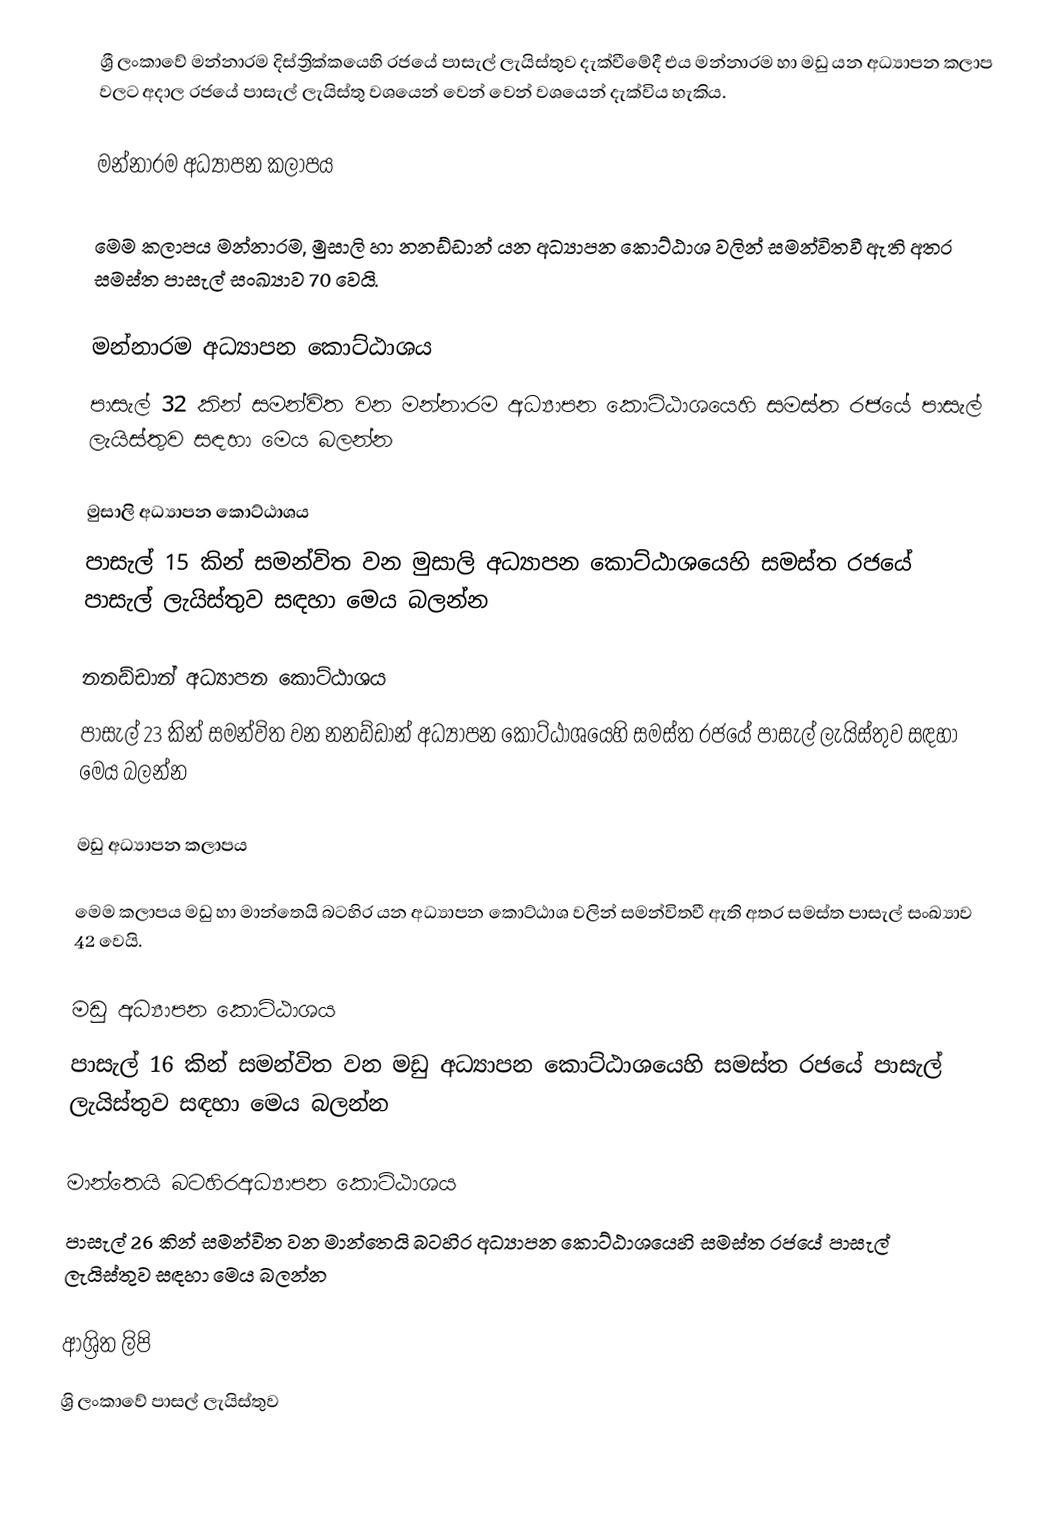
ශ්‍රී ලංකාවේ මන්නාරම දිස්ත්‍රික්කයෙහි රජයේ පාසැල් ලැයිස්තුව දැක්වීමේදී එය මන්නාරම හා මඩු යන අධ්‍යාපන කලාප  වලට අදාල රජයේ පාසැල් ලැයිස්තු වශයෙන් වෙන් වෙන් වශයෙන් දැක්විය හැකිය.

මන්නාරම අධ්‍යාපන කලාපය

මෙම කලාපය මන්නාරම, මුසාලි හා නනඩ්ඩාන් යන අධ්‍යාපන කොට්ඨාශ වලින් සමන්විතවී ඇති අතර සමස්ත පාසැල් සංඛ්‍යාව 70 වෙයි.

මන්නාරම අධ්‍යාපන කොට්ඨාශය
පාසැල් 32 කින් සමන්විත වන මන්නාරම අධ්‍යාපන කොට්ඨාශයෙහි සමස්ත රජයේ පාසැල් ලැයිස්තුව සඳහා මෙය බලන්න

මුසාලි අධ්‍යාපන කොට්ඨාශය
පාසැල් 15 කින් සමන්විත වන මුසාලි අධ්‍යාපන කොට්ඨාශයෙහි සමස්ත රජයේ පාසැල් ලැයිස්තුව සඳහා මෙය බලන්න

නනඩ්ඩාන් අධ්‍යාපන කොට්ඨාශය
පාසැල් 23 කින් සමන්විත වන නනඩ්ඩාන් අධ්‍යාපන කොට්ඨාශයෙහි සමස්ත රජයේ පාසැල් ලැයිස්තුව සඳහා මෙය බලන්න

මඩු අධ්‍යාපන කලාපය

මෙම කලාපය මඩු හා මාන්තෙයි බටහිර යන අධ්‍යාපන කොට්ඨාශ වලින් සමන්විතවී ඇති අතර සමස්ත පාසැල් සංඛ්‍යාව 42 වෙයි.

මඩු අධ්‍යාපන කොට්ඨාශය
පාසැල් 16 කින් සමන්විත වන මඩු අධ්‍යාපන කොට්ඨාශයෙහි සමස්ත රජයේ පාසැල් ලැයිස්තුව සඳහා මෙය බලන්න

මාන්තෙයි බටහිරඅධ්‍යාපන කොට්ඨාශය
පාසැල් 26 කින් සමන්විත වන මාන්තෙයි බටහිර අධ්‍යාපන කොට්ඨාශයෙහි සමස්ත රජයේ පාසැල් ලැයිස්තුව සඳහා මෙය බලන්න

ආශ්‍රිත ලිපි
ශ්‍රි ලංකාවේ පාසල් ලැයිස්තුව